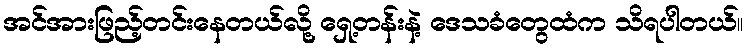
အင်အားဖြည့်တင်းနေတယ်လို့ ရှေ့တန်းနဲ့ ဒေသခံတွေထံက သိရပါတယ်။